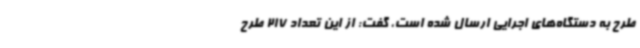
طرح به دستگاه‌های اجرایی ارسال شده است، گفت: از این تعداد 217 طرح